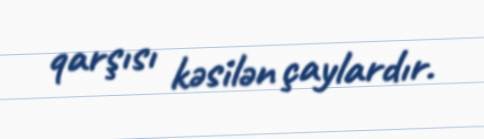
qarşısı kəsilən çaylardır.